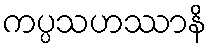
ကပ္ပသဟဿာနိ